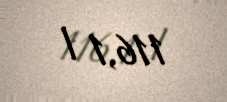
116,1 l